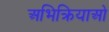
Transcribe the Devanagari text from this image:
अभिक्रियाओ